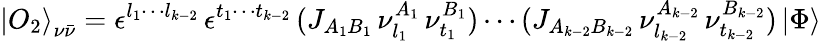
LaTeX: {\vert O_{2}\rangle}_{\nu\bar{\nu}}=\epsilon^{l_{1}\cdots l_{k-2}}\, \epsilon^{t_{1}\cdots t_{k-2}}\, (J_{A_{1}B_{1}}\, \nu_{l_{1}}^{A_{1}}\, \nu_{t_{1}}^{B_{1}})\cdots(J_{A_{k-2}B_{k-2}}\, \nu_{l_{k-2}}^{A_{k-2}}\, \nu_{t_{k-2}}^{B_{k-2}})\, \vert\Phi\rangle